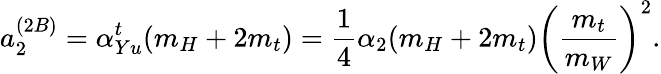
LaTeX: a_{2}^{(2B)}=\alpha_{Yu}^{t}(m_{H}+2m_{t})=\frac{1}{4}\alpha_{2}(m_{H}+2m_{t})\left(\frac{m_{t}}{m_{W}}\right)^{2}.